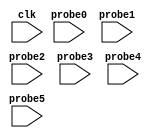
// (c) Copyright 1995-2012 Xilinx, Inc. All rights reserved.
//
// This file contains confidential and proprietary information
// of Xilinx, Inc. and is protected under U.S. and
// international copyright and other intellectual property
// laws.
//
// DISCLAIMER
// This disclaimer is not a license and does not grant any
// rights to the materials distributed herewith. Except as
// otherwise provided in a valid license issued to you by
// Xilinx, and to the maximum extent permitted by applicable
// law: (1) THESE MATERIALS ARE MADE AVAILABLE "AS IS" AND
// WITH ALL FAULTS, AND XILINX HEREBY DISCLAIMS ALL WARRANTIES
// AND CONDITIONS, EXPRESS, IMPLIED, OR STATUTORY, INCLUDING
// BUT NOT LIMITED TO WARRANTIES OF MERCHANTABILITY, NON-
// INFRINGEMENT, OR FITNESS FOR ANY PARTICULAR PURPOSE; and
// (2) Xilinx shall not be liable (whether in contract or tort,
// including negligence, or under any other theory of
// liability) for any loss or damage of any kind or nature
// related to, arising under or in connection with these
// materials, including for any direct, or any indirect,
// special, incidental, or consequential loss or damage
// (including loss of data, profits, goodwill, or any type of
// loss or damage suffered as a result of any action brought
// by a third party) even if such damage or loss was
// reasonably foreseeable or Xilinx had been advised of the
// possibility of the same.
//
// CRITICAL APPLICATIONS
// Xilinx products are not designed or intended to be fail-
// safe, or for use in any application requiring fail-safe
// performance, such as life-support or safety devices or
// systems, Class III medical devices, nuclear facilities,
// applications related to the deployment of airbags, or any
// other applications that could lead to death, personal
// injury, or severe property or environmental damage
// (individually and collectively, "Critical
// Applications"). Customer assumes the sole risk and
// liability of any use of Xilinx products in Critical
// Applications, subject only to applicable laws and
// regulations governing limitations on product liability.
//
// THIS COPYRIGHT NOTICE AND DISCLAIMER MUST BE RETAINED AS
// PART OF THIS FILE AT ALL TIMES.
//
// DO NOT MODIFY THIS FILE.
`timescale 1ns / 1ps
module MMCM_status_ILA (
clk,


probe0,
probe1,
probe2,
probe3,
probe4,
probe5
);

input clk;


input [31 : 0] probe0;
input [31 : 0] probe1;
input [7 : 0] probe2;
input [31 : 0] probe3;
input [31 : 0] probe4;
input [31 : 0] probe5;


endmodule